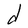
Character: d